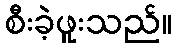
စီးခဲ့ဖူးသည်။